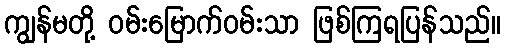
ကျွန်မတို့ ဝမ်းမြောက်ဝမ်းသာ ဖြစ်ကြရပြန်သည်။